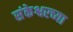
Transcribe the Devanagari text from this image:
संकेश्वरच्या